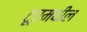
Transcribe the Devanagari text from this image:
टूरमधील